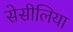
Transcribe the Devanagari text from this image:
सेसीलिया